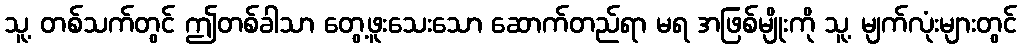
သူ့ တစ်သက်တွင် ဤတစ်ခါသာ တွေ့ဖူးသေးသော ဆောက်တည်ရာ မရ အဖြစ်မျိုးကို သူ့ မျက်လုံးများတွင်